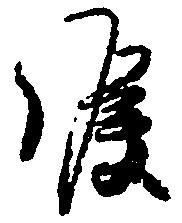
候